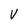
Character: V